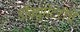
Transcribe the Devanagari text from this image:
डॉक्यूमेंटरीचे